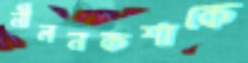
নীলনকশাকে